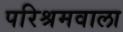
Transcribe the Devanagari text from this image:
परिश्रमवाला